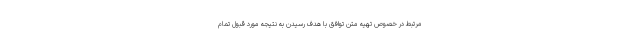
مرتبط در خصوص تهیه متن توافق با هدف رسیدن به نتیجه مورد قبول تمام